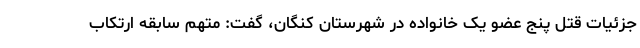
جزئیات قتل پنج عضو یک خانواده در شهرستان کنگان، گفت: متهم سابقه ارتکاب